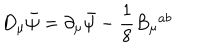
LaTeX: D _ { \mu } \bar { \psi } = \partial _ { \mu } \bar { \psi } - \frac { 1 } { 8 } B _ { \mu } ^ { \, \, \, a b }